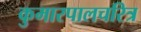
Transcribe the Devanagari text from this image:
कुमारपालचरित्र